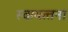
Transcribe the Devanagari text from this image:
स्वायत्त्तना